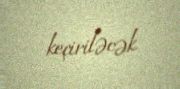
keçiriləcək.